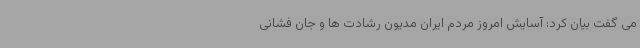
می گفت بیان کرد: آسایش امروز مردم ایران مدیون رشادت ها و جان فشانی